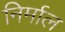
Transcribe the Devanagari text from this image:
निर्माल